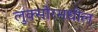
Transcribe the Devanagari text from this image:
लुक्सोरमधील